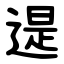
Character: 遈